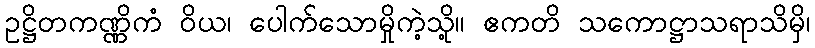
ဥဋ္ဌိတကဏ္ဏိကံ ဝိယ၊ ပေါက်သောမှိုကဲ့သို့။ ဧကတိ သကောဋ္ဌာသရာသိမှိ၊